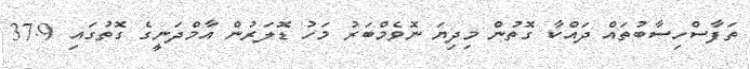
ތަފާސްހިސާބުތައް ދައްކާ ގޮތުން މިދިޔަ ނޮވެމްބަރު މަހު ޑޮލަރުން އާމްދަނީގެ ގޮތުގައި 37.9